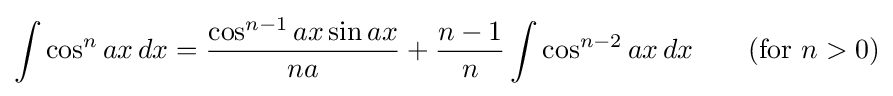
\int \cos ^{n}ax\,dx={\frac {\cos ^{n-1}ax\sin ax}{na}}+{\frac {n-1}{n}}\int \cos ^{n-2}ax\,dx\qquad {\mbox{(for }}n>0{\mbox{)}}